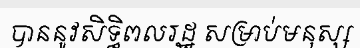
បាននូវសិទ្ធិពលរដ្ឋ សម្រាប់មនុស្ស